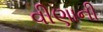
વીણાની